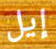
إيل